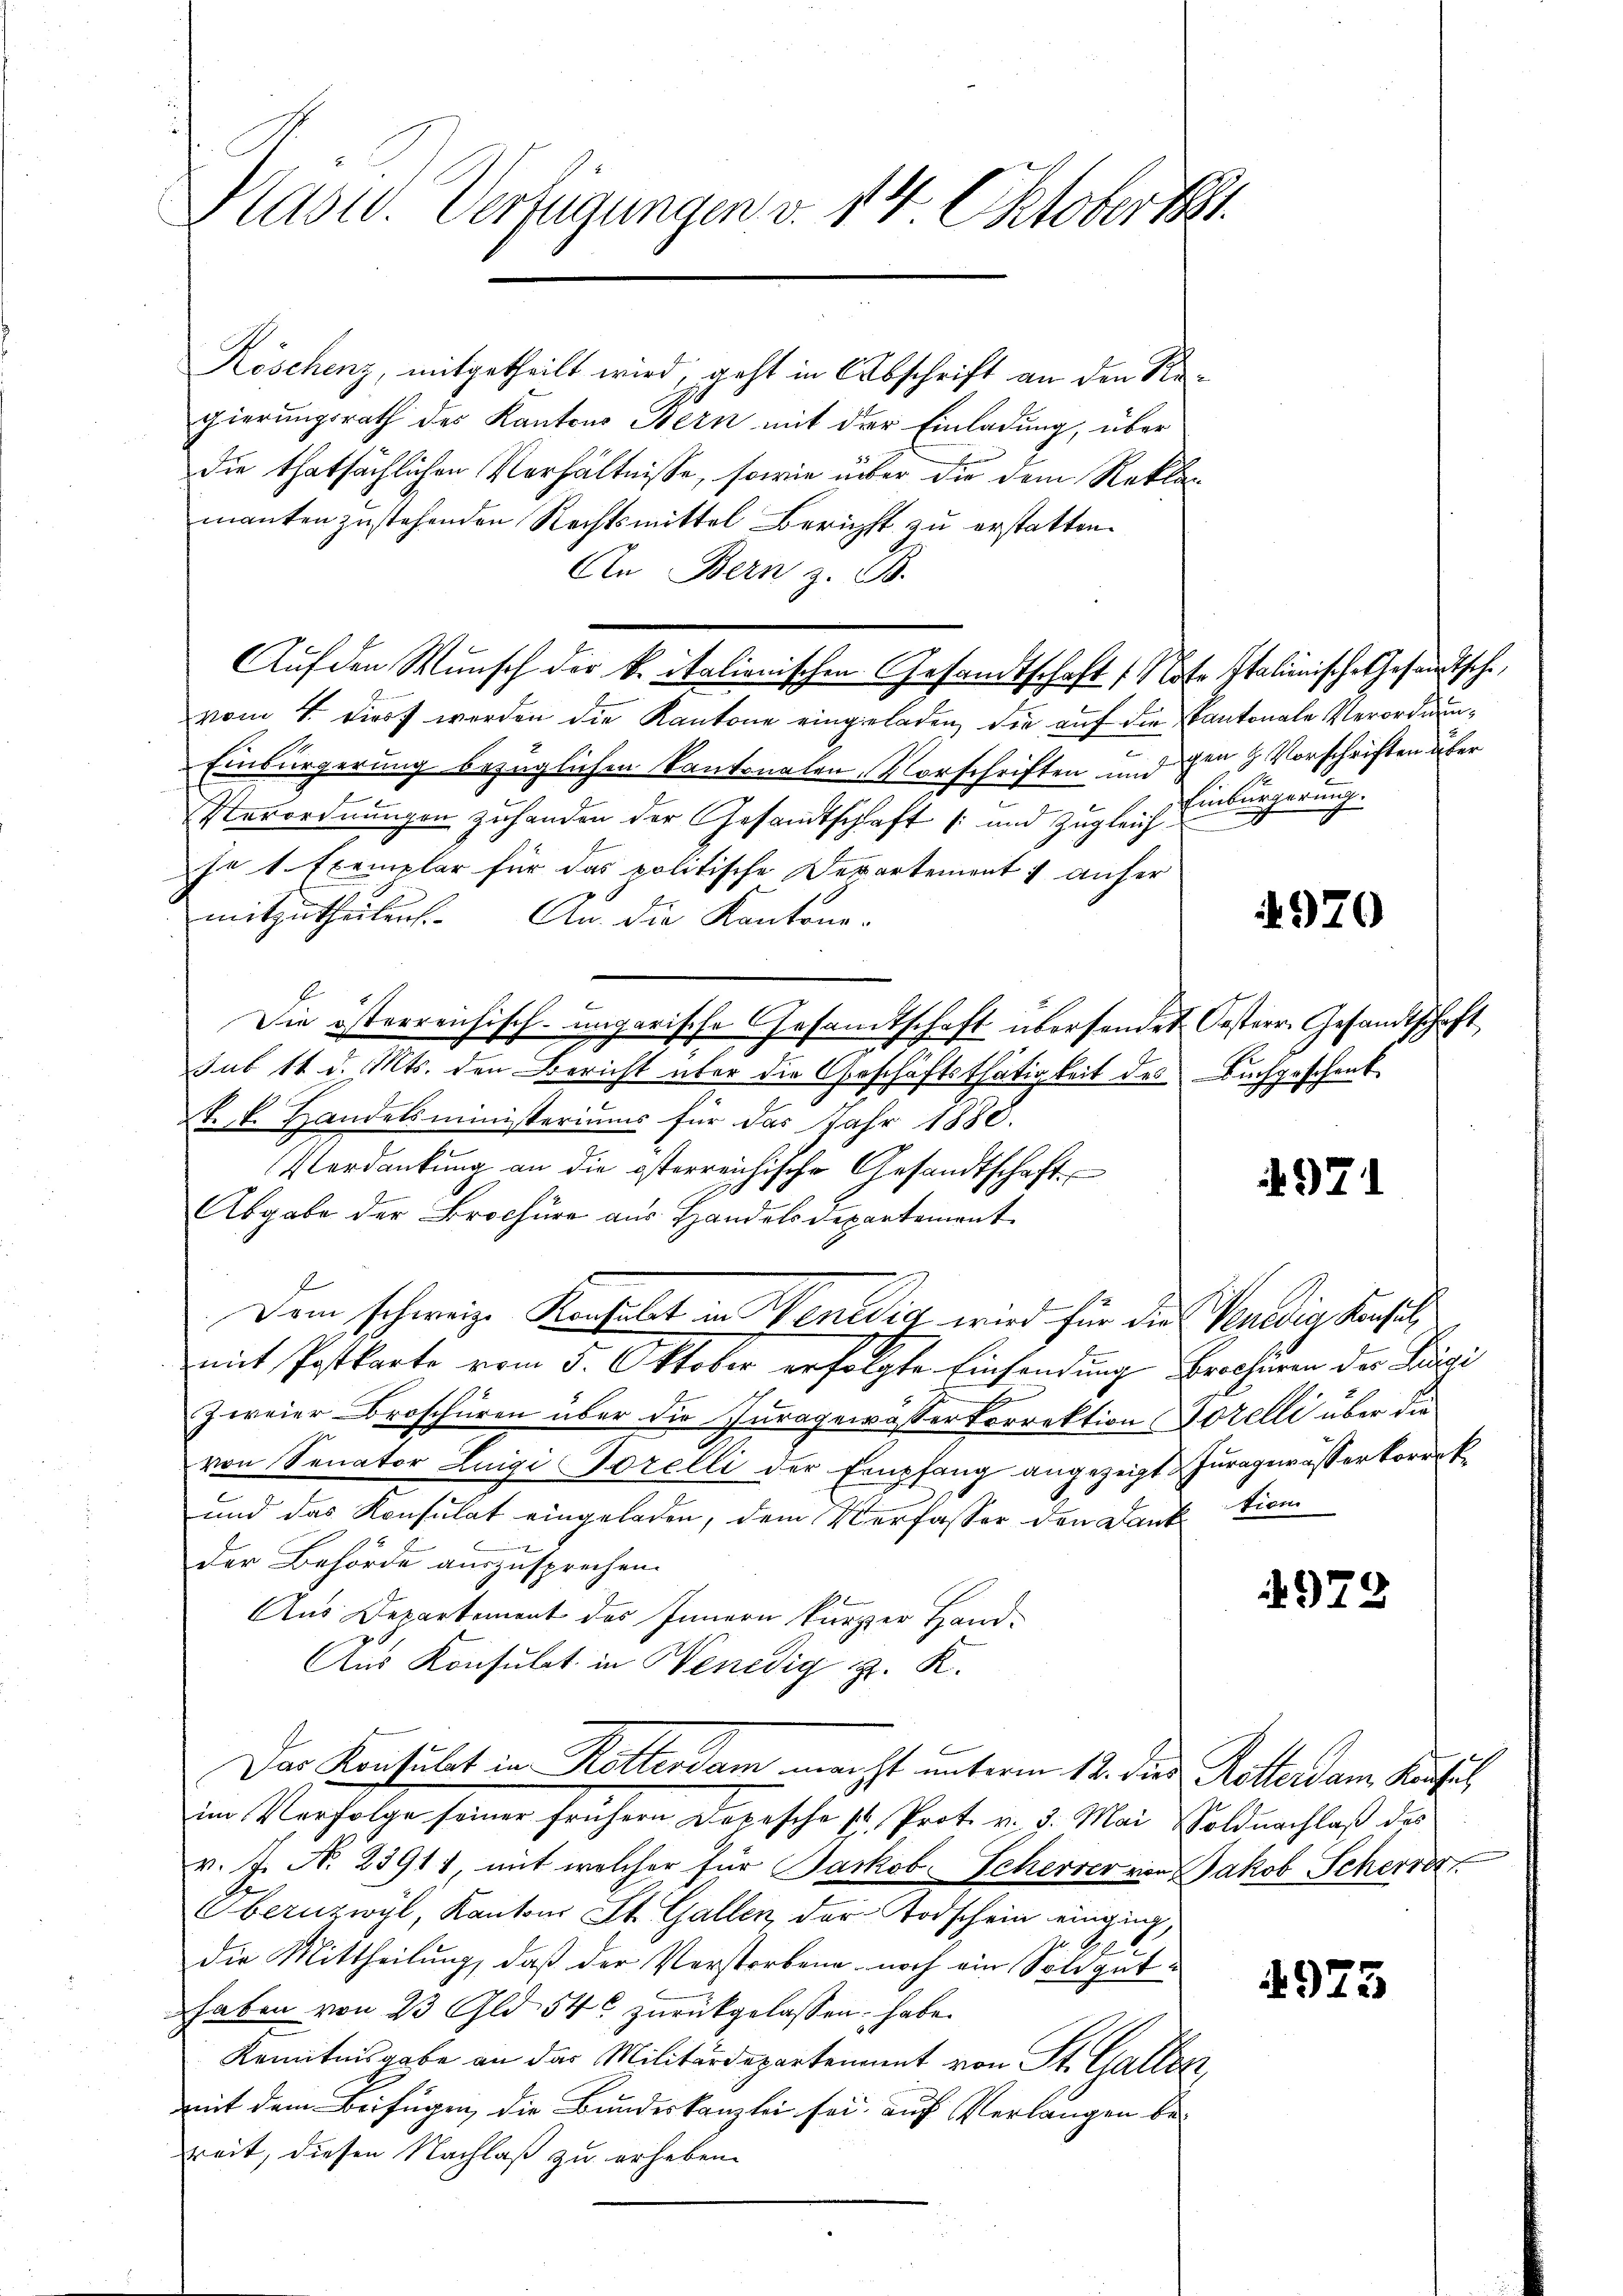
Kasw. Verfügungen v. 14 Oktober 1881

Köschenz, mitgetheilt wird, geht in Abschrift an den Regierungsrath des Kantons Bern mit der Einladung, über
die thatsächlichen Verhältnisse, sowie über die dem Reklamanten zustehenden Rechtsmittel Bericht zu erstatten.
An Bern z. B.
Auf den Wunsch der k. italienischen Gesandtschaft Note Italienische Gesandtsche,
vom 4. Diert werden die Kantone eingeladen, die auf die Kantonale Verordnun¬
Einbürgerung bezüglichen Kantonalen-Vorschriften und den 3 Vorschriften über
Verordnungen zuhanden der Gesandtschaft (und zugleich
je 1 Exemplar für das politische Departement anher
mitzutheilen. An die Kantone.
Die österreichisch-ungarische Gesandtschaft übersendet Oesterr. Gesandtschaft
sub 11 d. Mts. den Bericht über die Eheschäftsthätigkeit des Buchgeschenk
k. k. Handelsministeriums für das Jahr 1880.
Verdankung an die österreichische Gesandtschaft
Abgabe der Brochüre aus Handelsdepartement
Dem schweiz. Konsulat in Wenedig wird für die Venedig Konsulmit Postkarte vom 5. Oktober erfolgte Einsendung Brochüren der Tragi
zweier Broschüren über die Juragewässerkorrektion Dozelli über die
von Senator Luigi Borelli der Empfang angezeigt & Juragewässer korrek
und das Konsulat eingeladen, dem Verfasser den Danktion
der Behörde auszusprechen.
Aus Departement des Innern kürzer Hand¬
Aus Konsulat in Benedig z. K.
Das Konsulat in Rottersam macht unterm 18. Der Rotterdam Kausal,
im Verfolge seiner frühern Depesche 1. Prot. v. 3. Mai Soldnachlaβ des
v. J. N. 23911, mit welcher für Jackob Scherrer von Jakob Schervort
Obernzwyl, Kantons St. Gallen, der Todschein einging,
e
die Mittheilung, daß der Verstorbene noch ein Soldguthaben von 23 Gld. 546 zurückgelassen habe.
Kenntnisgabe an das Militärdepartement von St. Gallenz,
mit dem Beifügen, die Bundeskanzlei sei auch Verlangen be-
zeit, diesen Nachlaß zu erheben.

Einbürgerung.

4970

497

497.

4975